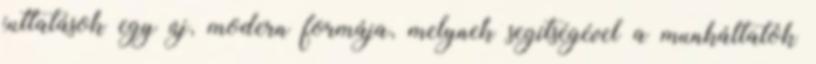
juttatások egy új, modern formája, melynek segítségével a munkáltatók